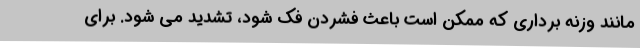
مانند وزنه برداری که ممکن است باعث فشردن فک شود، تشدید می شود. برای